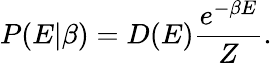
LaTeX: P(E|\beta)=D(E)\frac{e^{-\beta E}}{Z}.